Senior Leaving Certificate Examination (including Day School Certificate (Higher) General paper), 1946
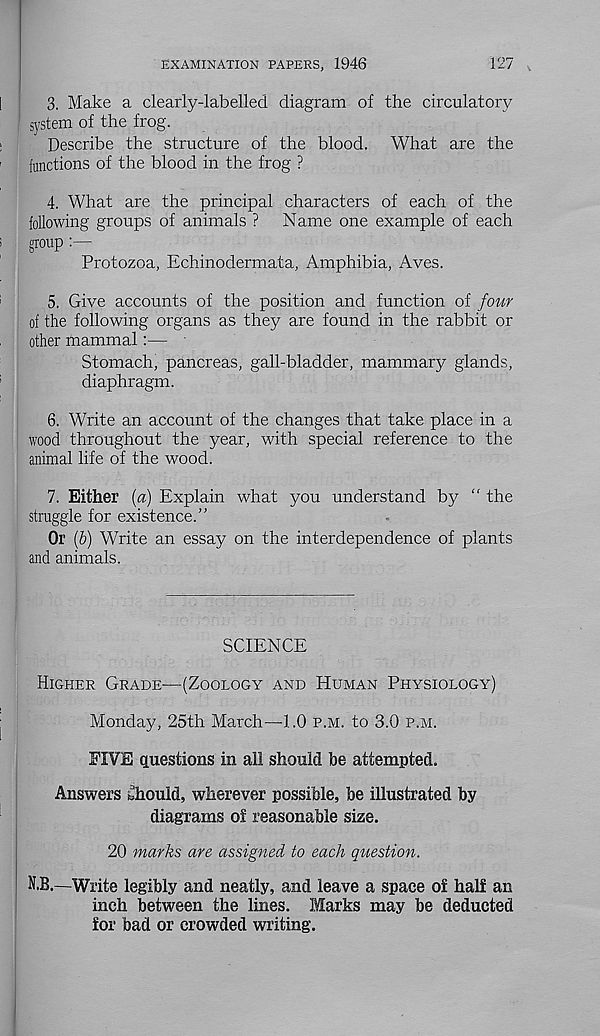
EXAMINATION PAPERS, 1946
127
3. Make a clearly-labelled diagram of the circulatory
system of the frog.
Describe the structure of the blood. What are the
{unctions of the blood in the frog ?
4. What are the principal characters of each of the
following groups of animals ? Name one example of each
group :
Protozoa, Echinodermata, Amphibia, Aves.
5. Give accounts of the position and function of four
of the following organs as they are found in the rabbit or
other mammal:—
Stomach, pancreas, gall-bladder, mammary glands,
diaphragm.
6. Write an account of the changes that take place in a
wood throughout the year, with special reference to the
animal life of the wood.
7. Either {a) Explain what you understand by “ the
struggle for existence.”
Or (6) Write an essay on the interdependence of plants
and animals.
SCIENCE
Higher Grade—(Zoology and Human Physiology)
Monday, 25th March—1.0 p.m. to 3.0 p.m.
FIVE questions in all should be attempted.
Answers Should, wherever possible, be illustrated by
diagrams of reasonable size.
20 marks are assigned to each question.
N.B.—Write legibly and neatly, and leave a space of half an
inch between the lines. Marks may be deducted
for bad or crowded writing.